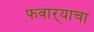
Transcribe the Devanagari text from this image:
फवाऱ्याचा